Indian journal of veterinary science and animal husbandry - Volume 14,
Year: 1944
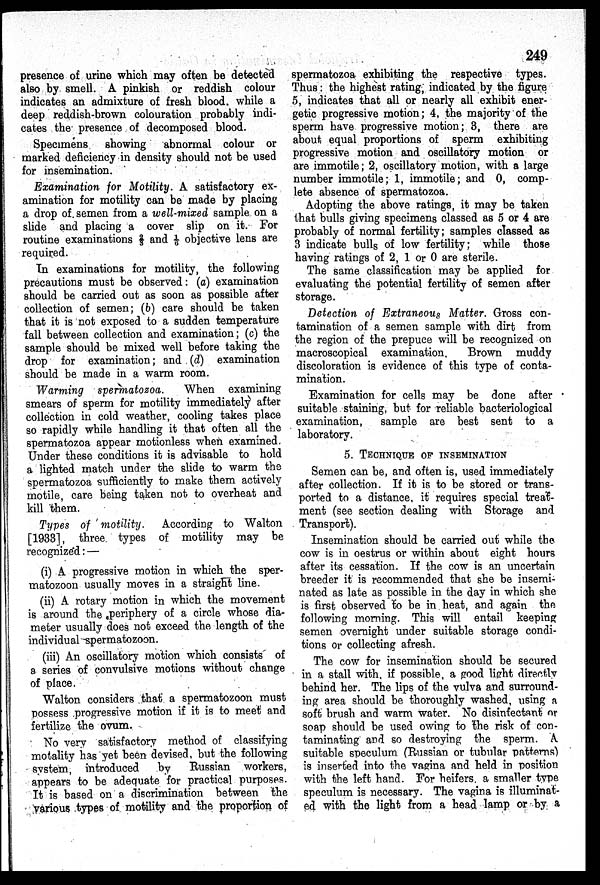
249
presence of urine which may often be detected
also by smell. A pinkish or reddish colour
indicates an admixture of fresh blood. while a
deep reddish-brown colouration probably indi
cates the presence of decomposed blood.
Specimens
showing
abnormal colour or
marked deficiency in density should not be used
for insemination.
Examination for Motility. A satisfactory ex
amination for motility can be made by placing
a drop of semen from a well-mixed sample on a
slide and placing a cover slip on it. For
routine examinations ⅔ and 1/6 objective lens are
required.
In examinations for motility, the following
precautions must be observed: (a) examination
should be carried out as soon as possible after
collection of semen; (b) care should be taken
that it is not exposed to a sudden temperature
fall between collection and examination; (c) the
sample should be mixed well before taking the
drop for examination; and (d) examination
should be made in a warm room.
Warming spermatozoa.
When examining
smears of sperm for motility immediately after
collection in cold weather, cooling takes place
so rapidly while handling it that often all the
spermatozoa appear motionless when examined.
Under these conditions it is advisable to hold
a lighted match under the slide to warm the
spermatozoa sufficiently to make them actively
motile, care being taken not to overheat and
kill them.
Types of motility.
According to Walton
[1933], three types of motility may be
recognized: —
(i) A progressive motion in which the sper
matozoon usually moves in a straight line.
(ii) A rotary motion in which the movement
is around the periphery of a circle whose dia
meter usually does not exceed the length of the
individual spermatozoon.
(iii) An oscillatory motion which consists of
a series of convulsive motions without change
of place.
Walton considers that a spermatozoon must
possess progressive motion if it is to meet and
fertilize the ovum.
No very satisfactory method of classifying
motality has yet been devised, but the following
system, introduced
by
Russian workers,
appears to be adequate for practical purposes.
It is based on a discrimination between the
various types of motility and the proportion of
spermatozoa exhibiting the respective types.
Thus: the highest rating, indicated by the figure
5, indicates that all or nearly all exhibit ener
getic progressive motion; 4, the majority of the
sperm have progressive motion; 3, there are
about equal proportions of sperm exhibiting
progressive motion and oscillatory motion or
are immotile; 2, oscillatory motion, with a large
number immotile; 1, immotile; and 0, comp
lete absence of spermatozoa.
Adopting the above ratings, it may be taken
that bulls giving specimens classed as 5 or 4 are
probably of normal fertility; samples classed as
3 indicate bulls of low fertility; while those
having ratings of 2, 1 or 0 are sterile.
The same classification may be applied for
evaluating the potential fertility of semen after
storage.
Detection of Extraneous Matter. Gross con
tamination of a semen sample with dirt from
the region of the prepuce will be recognized on
macroscopical examination.
Brown muddy
discoloration is evidence of this type of conta
mination.
Examination for cells may be done after
suitable staining, but for reliable bacteriological
examination,
sample are best sent to a
laboratory.
5. TECHNIQUE OF INSEMINATION
Semen can be, and often is, used immediately
after collection. If it is to be stored or trans
ported to a distance, it requires special treat
ment (see section dealing with Storage and
Transport).
Insemination should be carried out while the
cow is in oestrus or within about eight hours
after its cessation. If the cow is an uncertain
breeder it is recommended that she be insemi
nated as late as possible in the day in which she
is first observed to be in heat, and again the
following morning. This will entail keeping
semen overnight under suitable storage condi
tions or collecting afresh.
The cow for insemination should be secured
in a stall with, if possible, a good light directly
behind her. The lips of the vulva and surround
ing area should be thoroughly washed, using a
soft brush and warm water. No disinfectant or
soap should be used owing to the risk of con
taminating and so destroying the sperm. A
suitable speculum (Russian or tubular patterns)
is inserted into the vagina and held in position
with the left hand. For heifers a smaller type
speculum is necessary. The vagina is illuminat
ed with the light from a head lamp or by a